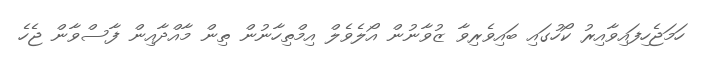
ހަމަޖެހިފައިވާއިރު ކޯހުގައި ބައިވެރިވާ ޒުވާނުން އޯލެވެލް އިމްތިހާނުން ތިން މާއްދާއިން ފާސްވާން ޖެހެ